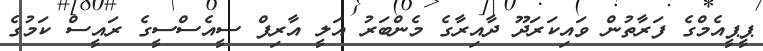
ޕީޕީއެމްގެ ފަރާތުން ވައިކަރަދޫ ދާއިރާގެ މެންބަރު އަލީ އާރިފް ސީއެސްސީގެ ރައީސް ކަމުގެ